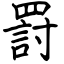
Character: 罸